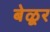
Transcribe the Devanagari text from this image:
बेळूर